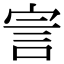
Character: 㝘